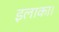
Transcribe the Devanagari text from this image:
इलाका।